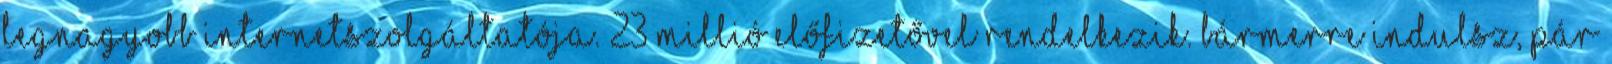
legnagyobb internetszolgáltatója. 23 millió előfizetővel rendelkezik. Bármerre indulsz, pár